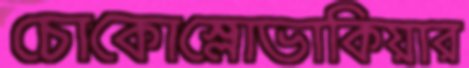
চোকোস্লোভাকিয়ার